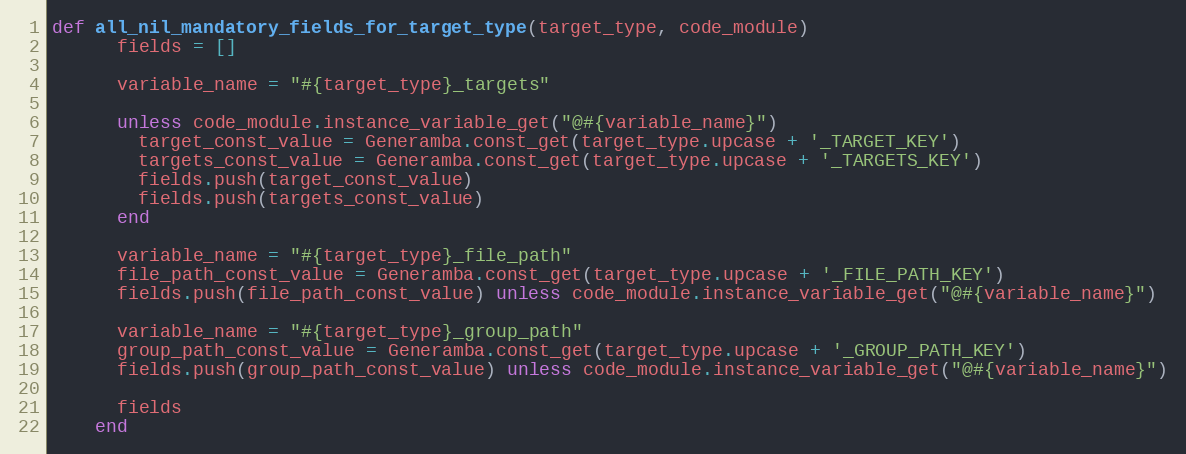
Language: Ruby
def all_nil_mandatory_fields_for_target_type(target_type, code_module)
      fields = []

      variable_name = "#{target_type}_targets"

      unless code_module.instance_variable_get("@#{variable_name}")
        target_const_value = Generamba.const_get(target_type.upcase + '_TARGET_KEY')
        targets_const_value = Generamba.const_get(target_type.upcase + '_TARGETS_KEY')
        fields.push(target_const_value)
        fields.push(targets_const_value)
      end

      variable_name = "#{target_type}_file_path"
      file_path_const_value = Generamba.const_get(target_type.upcase + '_FILE_PATH_KEY')
      fields.push(file_path_const_value) unless code_module.instance_variable_get("@#{variable_name}")

      variable_name = "#{target_type}_group_path"
      group_path_const_value = Generamba.const_get(target_type.upcase + '_GROUP_PATH_KEY')
      fields.push(group_path_const_value) unless code_module.instance_variable_get("@#{variable_name}")

      fields
    end